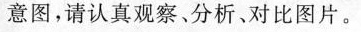
意图，请认真观察、分析、对比图片。